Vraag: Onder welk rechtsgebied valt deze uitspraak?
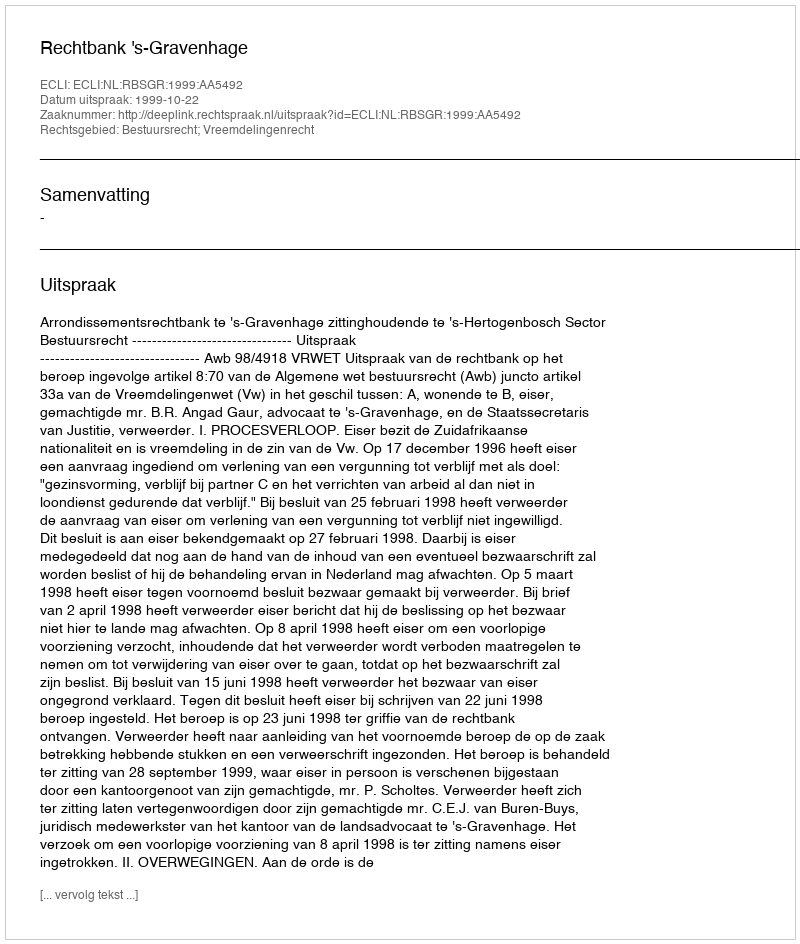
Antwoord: Bestuursrecht; Vreemdelingenrecht